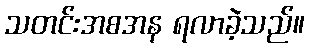
သတင်းအစအန ရလာခဲ့သည်။